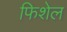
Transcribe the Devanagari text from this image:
फिशेल